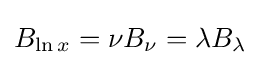
B_{\ln x}=\nu B_{\nu }=\lambda B_{\lambda }